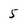
Character: 5